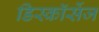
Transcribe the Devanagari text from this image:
डिस्कॉर्सेज